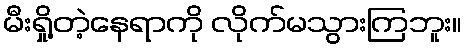
မီးရှို့တဲ့နေရာကို လိုက်မသွားကြဘူး။